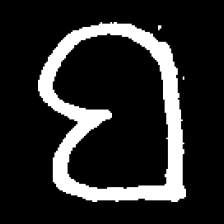
Pyu character \u2014 Myanmar letter: ဗ (romanized: ba)